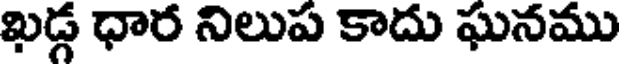
ఖడ్గ ధార నిలుప కాదు ఘనము